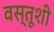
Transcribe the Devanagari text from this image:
वस्तूशी